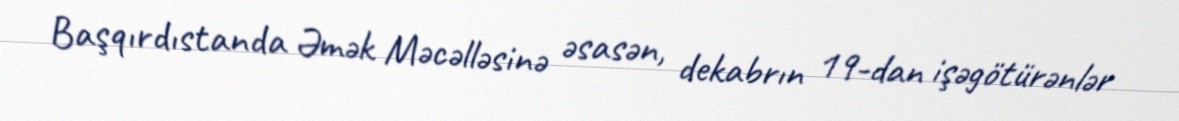
Başqırdıstanda Əmək Məcəlləsinə əsasən, dekabrın 19-dan işəgötürənlər